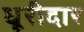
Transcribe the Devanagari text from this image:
धूरीदार